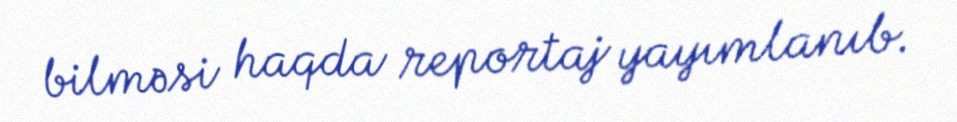
bilməsi haqda reportaj yayımlanıb.